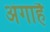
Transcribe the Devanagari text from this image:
अंगाहै